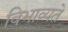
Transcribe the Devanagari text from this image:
विभाव्यते